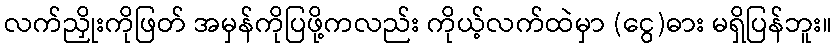
လက်ညှိုးကိုဖြတ် အမှန်ကိုပြဖို့ကလည်း ကိုယ့်လက်ထဲမှာ (ငွေ)ဓား မရှိပြန်ဘူး။